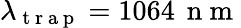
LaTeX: \lambda_{\mathrm{~t~r~a~p~}}=1064\, \mathrm{~n~m~}